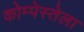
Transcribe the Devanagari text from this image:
कोम्पेस्तेला